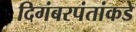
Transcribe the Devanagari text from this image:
दिगंबरपंतांकडे